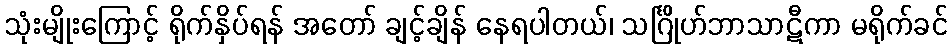
သုံးမျိုးကြောင့် ရိုက်နှိပ်ရန် အတော် ချင့်ချိန် နေရပါတယ်၊ သင်္ဂြိုဟ်ဘာသာဋီကာ မရိုက်ခင်